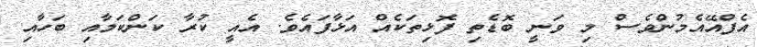
އެފްއޭއެމުންވެސް މި ވަނީ ބޮޑެތި ފޮޅިތަކެއް އަޅާފައެވެ. އެއީ ކުރާ ކަންކަމާއި ބަހާއި